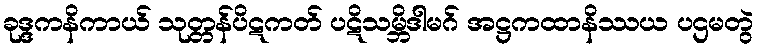
ခုဒ္ဒကနိကာယ် သုတ္တန်ပိဋကတ် ပဋိသမ္ဘိဒါမဂ် အဋ္ဌကထာနိဿယ ပဌမတွဲ